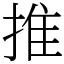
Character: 推